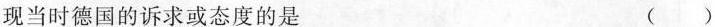
现当时德国的诉求或态度的是 ()